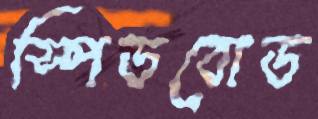
স্পিডবোড